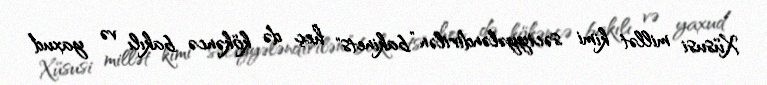
Xüsusi millət kimi səciyyələndirilən ”bakinets" heç də kökəncə bakılı və yaxud